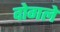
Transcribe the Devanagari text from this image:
दोगले